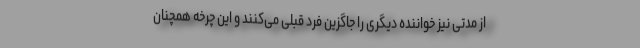
از مدتی نیز خواننده دیگری را جاگزین فرد قبلی می‌کنند و این چرخه همچنان